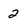
Character: 2